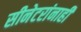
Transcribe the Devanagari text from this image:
सीनेटरांनाही